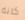
كانه